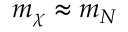
m _ { \chi } \approx m _ { N }